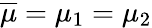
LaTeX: \overline{{\mu}}=\mu_{1}=\mu_{2}